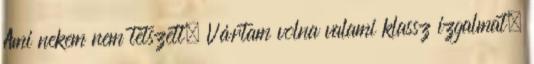
Ami nekem nem tetszett. Vártam volna valami klassz izgalmat,